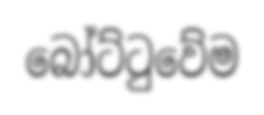
බෝට්ටුවේම